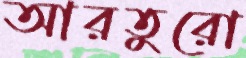
আরতুরো